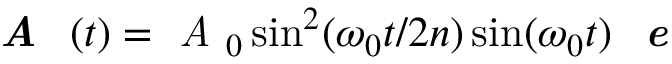
\textit { \textbf { A } } ( t ) = \textit { A } _ { 0 } \sin ^ { 2 } ( \omega _ { 0 } t / 2 n ) \sin ( \omega _ { 0 } t ) \textit { \textbf { e } }